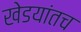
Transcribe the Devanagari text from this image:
खेडयांतच